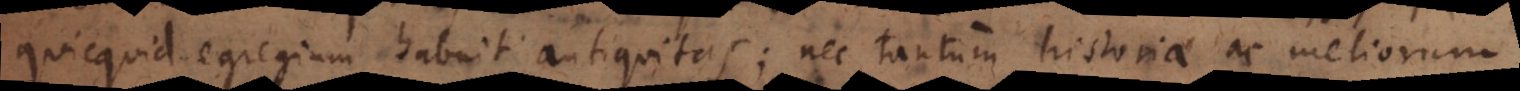
quicquid egregium habuit antiquitas; nec tantum historiae ac meliorum